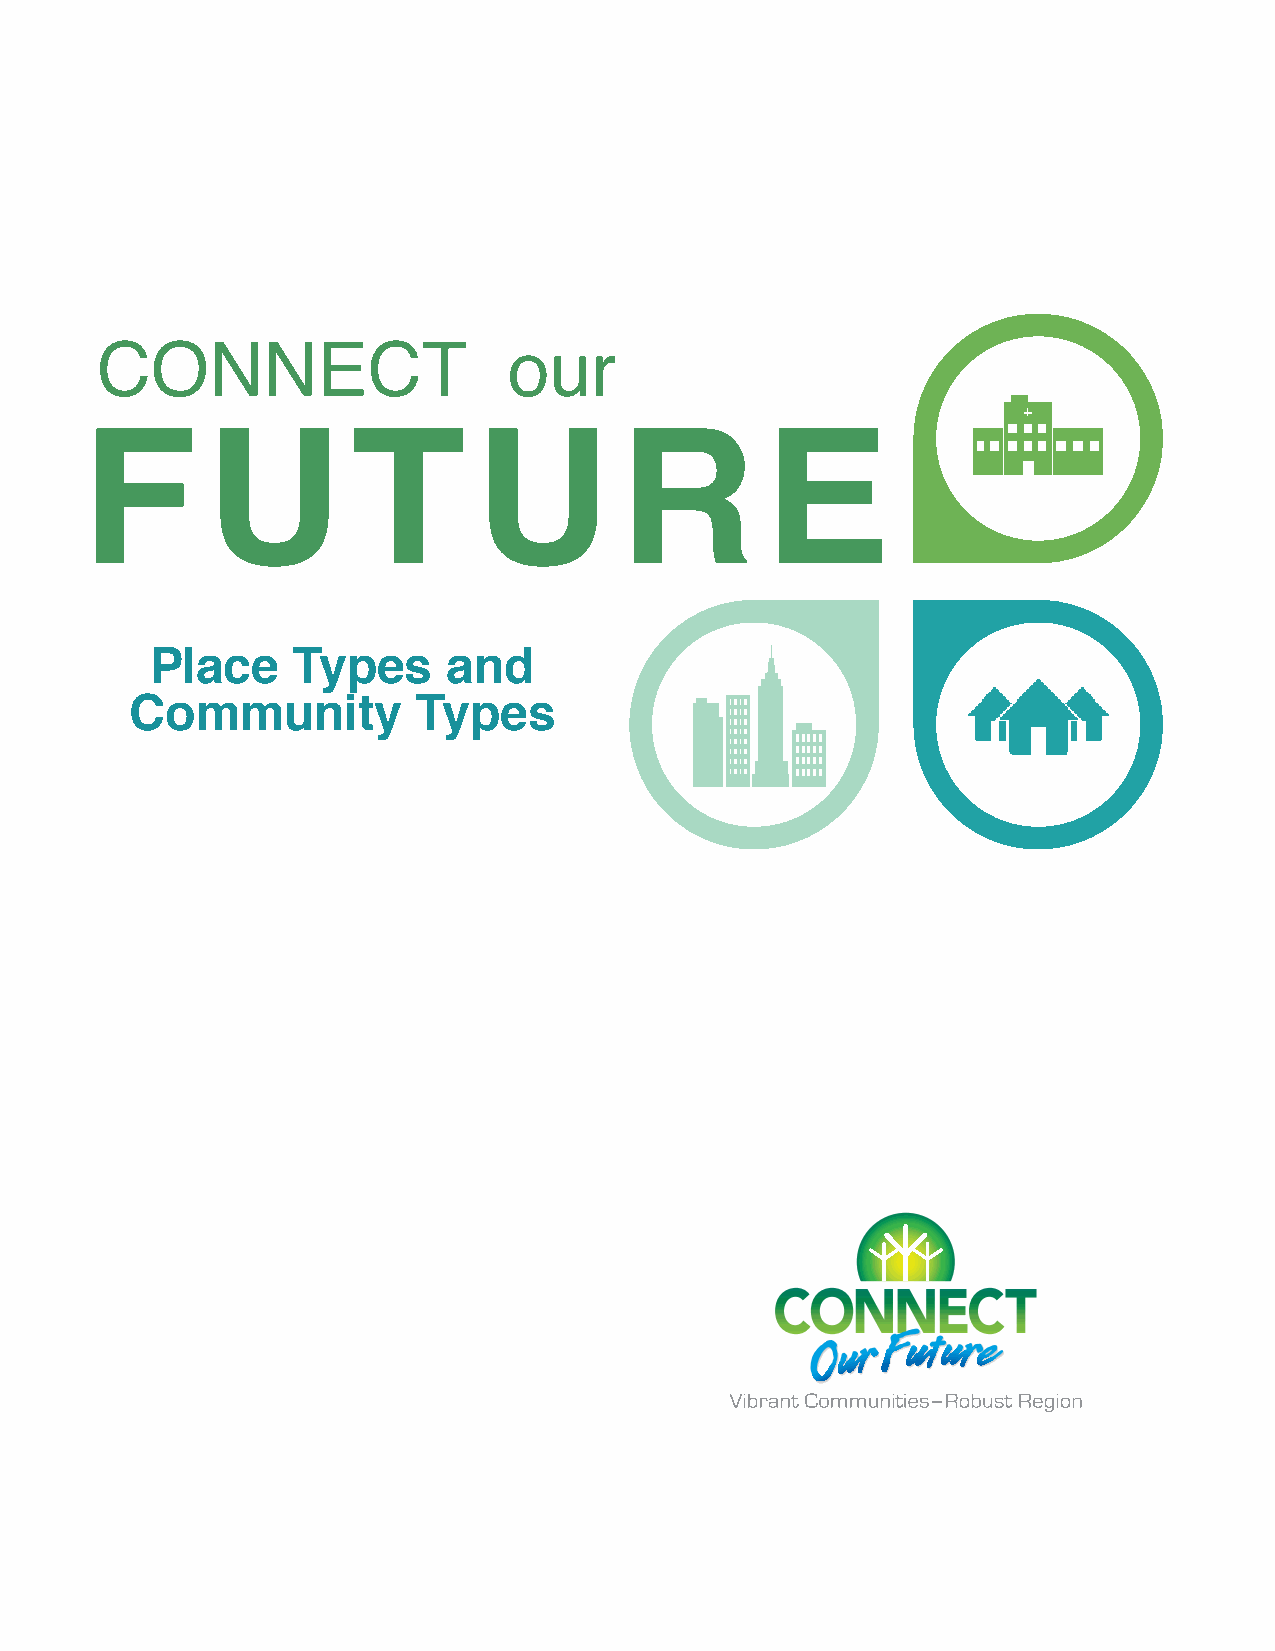
CONNECT                     our
 F        U        T       U         R         E
 Place    Types      and
 Community          Types